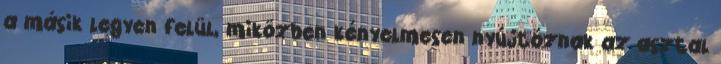
a másik legyen felül, miközben kényelmesen nyújtóznak az asztal